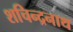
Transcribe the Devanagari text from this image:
शचिन्द्रनाथ